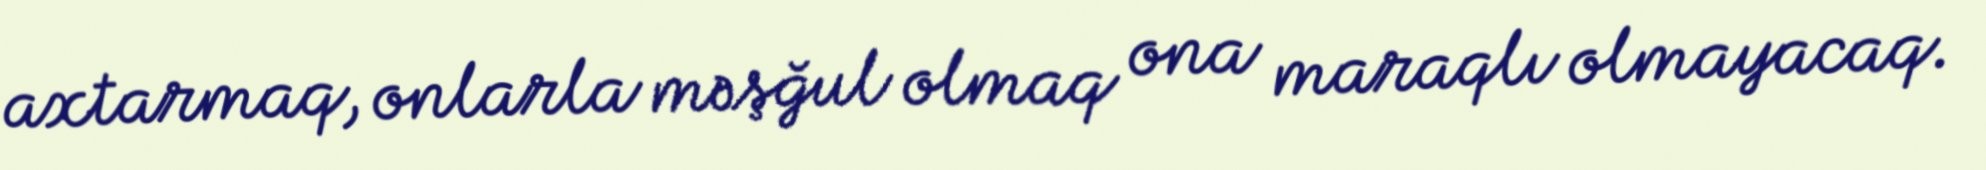
axtarmaq, onlarla məşğul olmaq ona maraqlı olmayacaq.